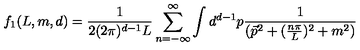
f _ { 1 } ( L , m , d ) = \frac { 1 } { 2 ( 2 \pi ) ^ { d - 1 } L } \sum _ { n = - \infty } ^ { \infty } \int d ^ { d - 1 } p \frac { 1 } { ( \vec { p } ^ { 2 } + ( \frac { n \pi } { L } ) ^ { 2 } + m ^ { 2 } ) }